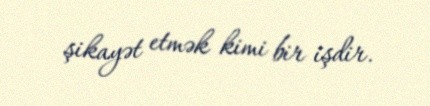
şikayət etmək kimi bir işdir.